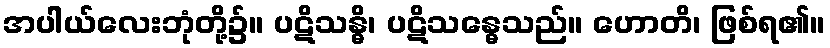
အပါယ်လေးဘုံတို့၌။ ပဋိသန္ဓိ၊ ပဋိသန္ဓေသည်။ ဟောတိ၊ ဖြစ်ရ၏။